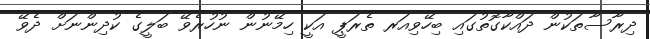
ދިރާސާތަކުން ދައްކާގޮތުގައި ބިހޭވިއަރ ތެރަޕީ އަކީ ހިމޭނުން ނުހުރެވޭ ބަލީގެ ކުދިންނަށް ދެވޭ